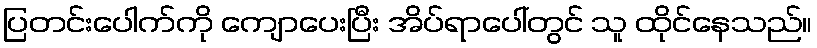
ပြတင်းပေါက်ကို ကျောပေးပြီး အိပ်ရာပေါ်တွင် သူ ထိုင်နေသည်။